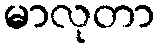
မာလုတာ